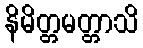
နိမိတ္တမတ္တာသိ